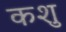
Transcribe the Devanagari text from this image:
कशु